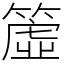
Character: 𥳁